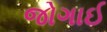
જોગાઈ